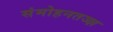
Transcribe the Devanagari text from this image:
संमोहनतज्‍ज्ञ